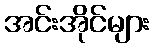
အင်းအိုင်များ